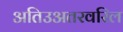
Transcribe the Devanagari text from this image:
अतिउअतरवरिल